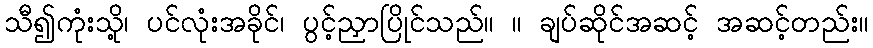
သီ၍ကုံးသို့၊ ပင်လုံးအခိုင်၊ ပွင့်ညှာပြိုင်သည်။ ။ ချပ်ဆိုင်အဆင့် အဆင့်တည်း။